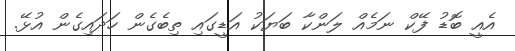
އެއީ ބޮޑު ފޭކް ނަމެއް ލަންކާ ބަޔަކު އަޑީގައި ތިބެގެން ހަދައިގެން އުޅޭ.